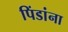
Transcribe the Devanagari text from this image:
पिंडांना